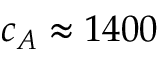
c _ { A } \approx 1 4 0 0